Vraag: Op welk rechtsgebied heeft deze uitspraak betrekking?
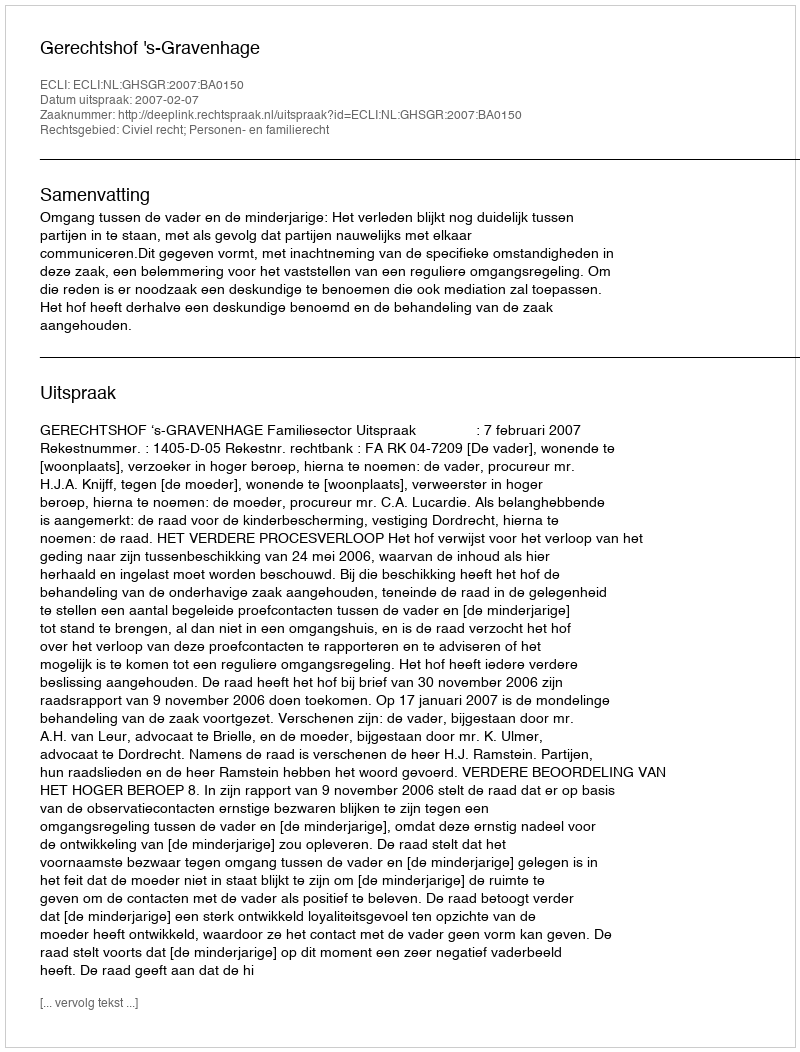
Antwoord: Civiel recht; Personen- en familierecht